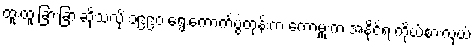
ထူးထူးခြားခြားဆိုသလို ၁၉၉၀ ရွေးကောက်ပွဲတုန်းက ကော့မှူးက အနိုင်ရ ကိုယ်စားလှယ်